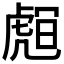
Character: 𧇅